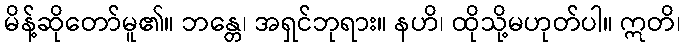
မိန့်ဆိုတော်မူ၏။ ဘန္တေ၊ အရှင်ဘုရား။ နဟိ၊ ထိုသို့မဟုတ်ပါ။ ဣတိ၊